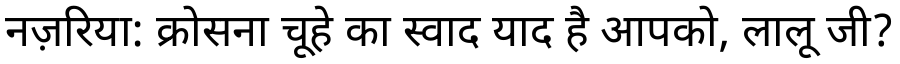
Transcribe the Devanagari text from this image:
नज़रिया: क्रोसना चूहे का स्वाद याद है आपको, लालू जी?